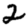
Digit: 2